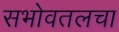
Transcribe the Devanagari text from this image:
सभोवतलचा